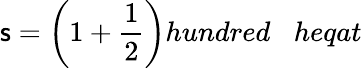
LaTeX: \mathsf{s}={\bigg(}1+{\frac{{1}}{{2}}}{\bigg)}hundred\; \; \; heqat